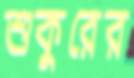
শুকুরের